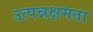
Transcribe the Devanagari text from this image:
उत्पन्नक्षमता